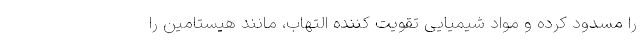
را مسدود کرده و مواد شیمیایی تقویت کننده التهاب، مانند هیستامین را